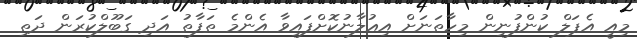
މިއީ އެޕަލް ކުންފުނިން މިހާތަނަށް އިޢުލާނުކޮށްފައިވާ އެންމެ ތަފާތު އަދި ގަބޫލްކުރަން ދަތި